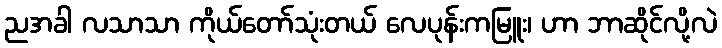
ညအခါ လသာသာ ကိုယ်တော်သုံးတယ် လေပုန်းကမြူး၊ ဟာ ဘာဆိုင်လို့လဲ